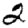
Digit: 2